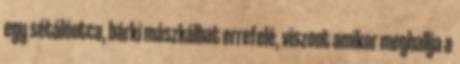
egy sétálóutca, bárki mászkálhat errefelé, viszont amikor meghallja a